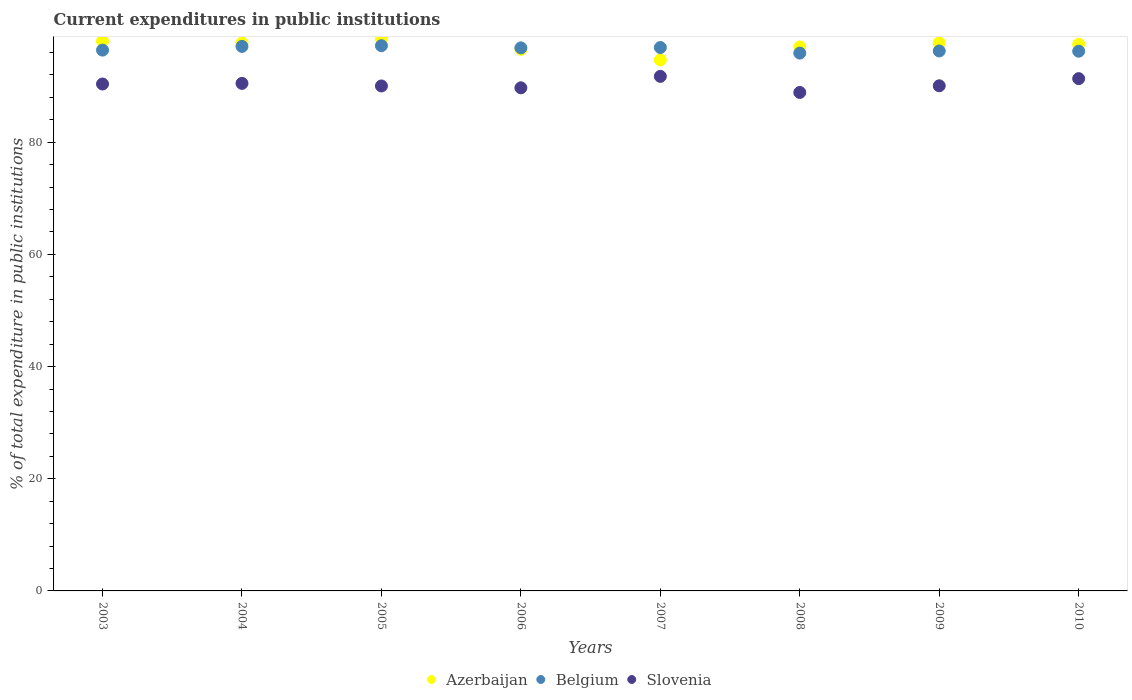
| Years | Azerbaijan | Belgium | Slovenia |
 | --- | --- | --- | --- |
 | 2003 | 98 | 96.4 | 90.4 |
 | 2004 | 97.7 | 97.1 | 90.5 |
 | 2005 | 98.4 | 97.2 | 90 |
 | 2006 | 96.6 | 96.8 | 89.7 |
 | 2007 | 94.7 | 96.9 | 91.7 |
 | 2008 | 97 | 95.9 | 88.9 |
 | 2009 | 97.7 | 96.3 | 90.1 |
 | 2010 | 97.5 | 96.2 | 91.3 |